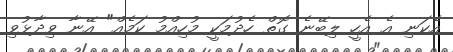
އެކަނި އެ އެހީ ލިބޭނެ ގޮތް ހެދުމަކީ މުހިއްމު ކަމެއް" އޭނާ ވިދާޅުވި